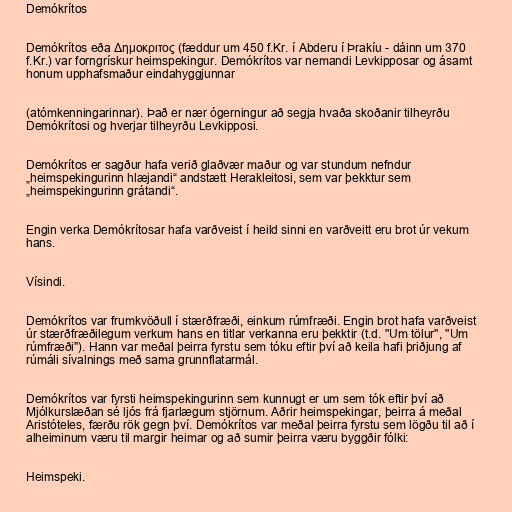
Demókrítos

Demókrítos eða Δημοκριτος (fæddur um 450 f.Kr. í Abderu í Þrakíu - dáinn um 370
f.Kr.) var forngrískur heimspekingur. Demókrítos var nemandi Levkipposar og ásamt
honum upphafsmaður eindahyggjunnar

(atómkenningarinnar). Það er nær ógerningur að segja hvaða skoðanir tilheyrðu
Demókrítosi og hverjar tilheyrðu Levkipposi.

Demókrítos er sagður hafa verið glaðvær maður og var stundum nefndur
„heimspekingurinn hlæjandi“ andstætt Herakleitosi, sem var þekktur sem
„heimspekingurinn grátandi“.

Engin verka Demókrítosar hafa varðveist í heild sinni en varðveitt eru brot úr vekum
hans.

Vísindi.

Demókrítos var frumkvöðull í stærðfræði, einkum rúmfræði. Engin brot hafa varðveist
úr stærðfræðilegum verkum hans en titlar verkanna eru þekktir (t.d. "Um tölur", "Um
rúmfræði"). Hann var meðal þeirra fyrstu sem tóku eftir því að keila hafi þriðjung af
rúmáli sívalnings með sama grunnflatarmál.

Demókrítos var fyrsti heimspekingurinn sem kunnugt er um sem tók eftir því að
Mjólkurslæðan sé ljós frá fjarlægum stjörnum. Aðrir heimspekingar, þeirra á meðal
Aristóteles, færðu rök gegn því. Demókrítos var meðal þeirra fyrstu sem lögðu til að í
alheiminum væru til margir heimar og að sumir þeirra væru byggðir fólki:

Heimspeki.